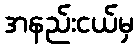
အနည်းငယ်မှ